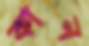
কান